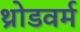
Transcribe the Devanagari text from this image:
थ्रोडवर्म